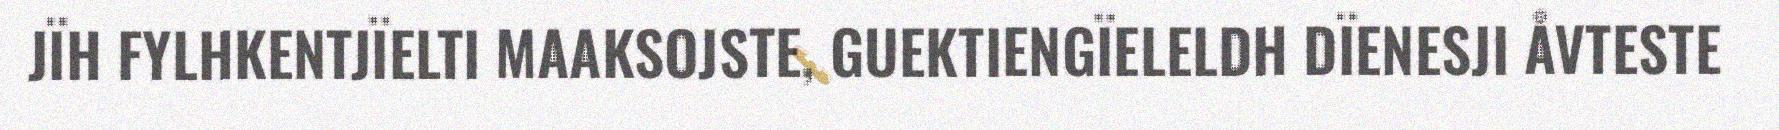
JÏH FYLHKENTJÏELTI MAAKSOJSTE, GUEKTIENGÏELELDH DÏENESJI ÅVTESTE